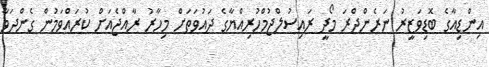
އިންޑިއާގެ ބޮޑިވަޒީރު ނަރެންދްރަ މޯދީ ރައިސުލްޖުމްހުރިއްޔާގެ ދައުވަތަށް މިހާރު ރާއްޖެއަށް ކުރައްވަމުން ގެންދަވާ